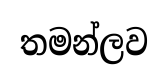
තමන්ලව